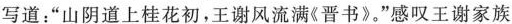
写道：”山阴道上桂花初，王谢风流满《晋书》”感叹王谢家族